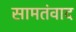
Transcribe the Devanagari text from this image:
सामतंवाद